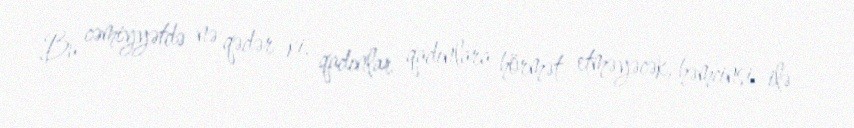
Bu cəmiyyətdə nə qədər ki, qadınlar qadınlara hörmət etməyəcək, həmcinsi ilə